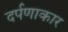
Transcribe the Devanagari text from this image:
दर्पणाकार